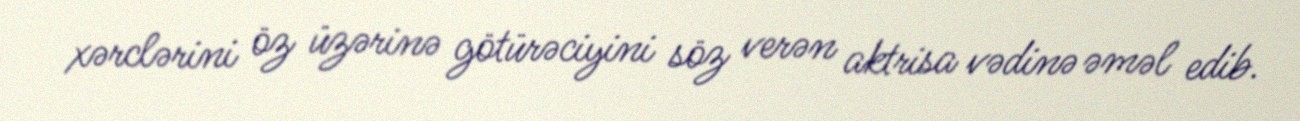
xərclərini öz üzərinə götürəciyini söz verən aktrisa vədinə əməl edib.